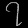
Digit: ၇